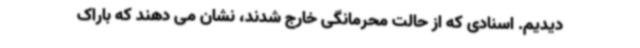
دیدیم. اسنادی که از حالت محرمانگی خارج شدند، نشان می دهند که باراک